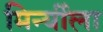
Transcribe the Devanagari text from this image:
मिर्न्यीला